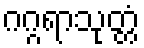
ဂဂ္ဂရာသုတ္တံ